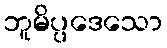
ဘူမိပ္ပဒေသော